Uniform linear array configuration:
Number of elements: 8
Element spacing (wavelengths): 0.75
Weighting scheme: hamming
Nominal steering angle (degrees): -15
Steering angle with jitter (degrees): -13.068
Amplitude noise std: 0.05
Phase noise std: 0.05

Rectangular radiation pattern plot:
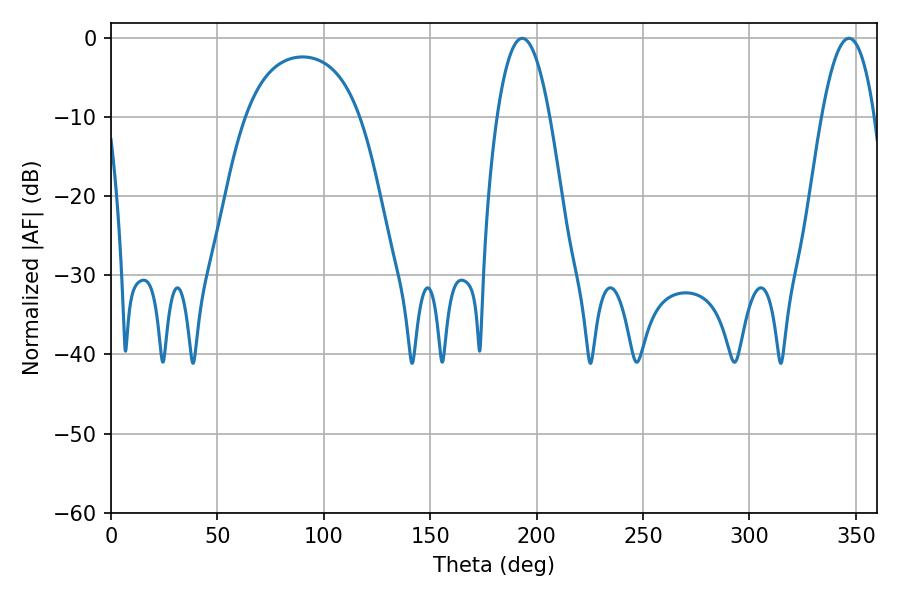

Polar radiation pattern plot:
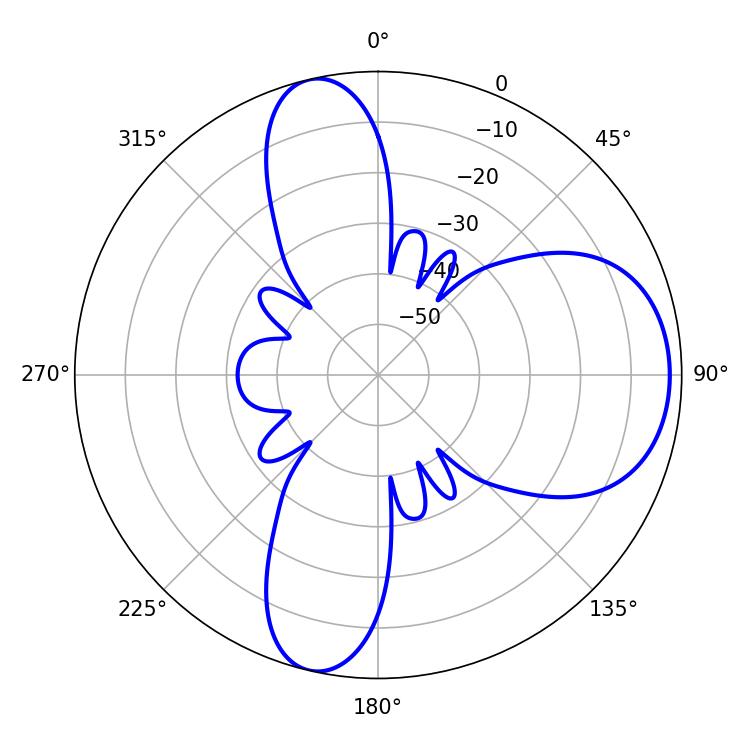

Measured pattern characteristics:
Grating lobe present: TRUE
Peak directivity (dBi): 9.01
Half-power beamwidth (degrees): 13.68
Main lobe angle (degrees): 193.32